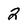
Character: 2